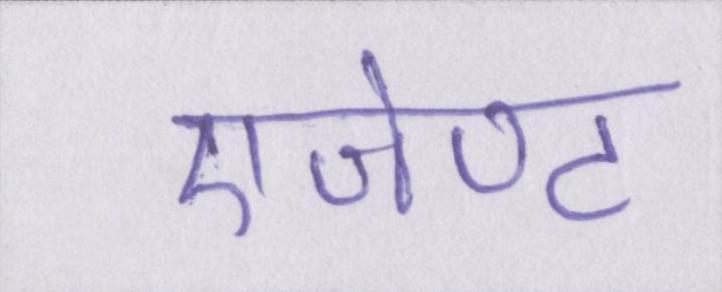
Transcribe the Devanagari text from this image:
एजेण्ट